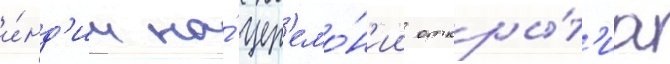
и́нд'ии на́ цер'емо́н'ии откры́т'иа